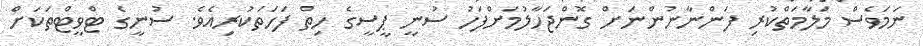
ނަމަވެސް މަލާމަތްކުރި ފަންނާނުންނަށް ގޮންޖަހާލުމަށްފަހު ސުނީ ޕީސީގެ ހިތް ފަހަތަކުރިއެވެ. ސުނީގެ ޓްވީޓްތަކަށް